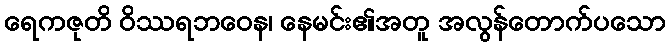
ရေကဇုတိ ဝိဿရဘဝေန၊ နေမင်း၏အတူ အလွန်တောက်ပသော